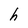
Character: h